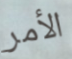
الأمر